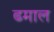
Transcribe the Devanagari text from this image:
ढमाल